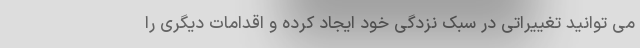
می توانید تغییراتی در سبک نزدگی خود ایجاد کرده و اقدامات دیگری را